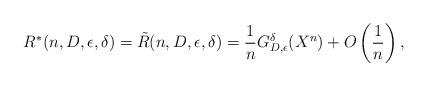
LaTeX: \begin{align*} R^{*} (n, D, \epsilon, \delta) = \tilde{R} (n, D, \epsilon, \delta) = \frac{1}{n} G_{D, \epsilon}^{\delta}(X^n) + O \left( \frac{1}{n} \right ),\end{align*}